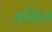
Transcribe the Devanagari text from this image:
ह्रसित